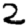
Digit: 2